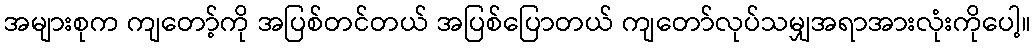
အများစုက ကျတော့်ကို အပြစ်တင်တယ် အပြစ်ပြောတယ် ကျတော်လုပ်သမျှအရာအားလုံးကိုပေါ့။